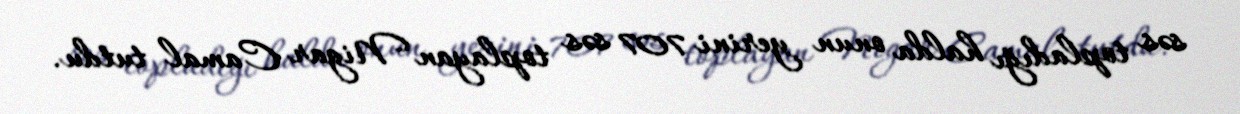
səs topladığı halda onun yerini 707 səs toplayan Nigar Camal tutdu.